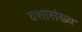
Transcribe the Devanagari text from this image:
यशासंख्य